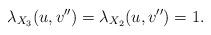
LaTeX: \begin{align*} \lambda_{X_3}(u, v'') =\lambda_{X_2}(u,v'')= 1. \end{align*}